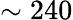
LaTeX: \sim 240